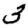
Digit: 3